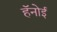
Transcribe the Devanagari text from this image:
हॅनोई